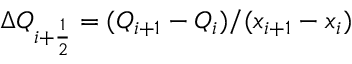
\Delta Q _ { i + \frac { 1 } { 2 } } = ( Q _ { i + 1 } - Q _ { i } ) / ( x _ { i + 1 } - x _ { i } )